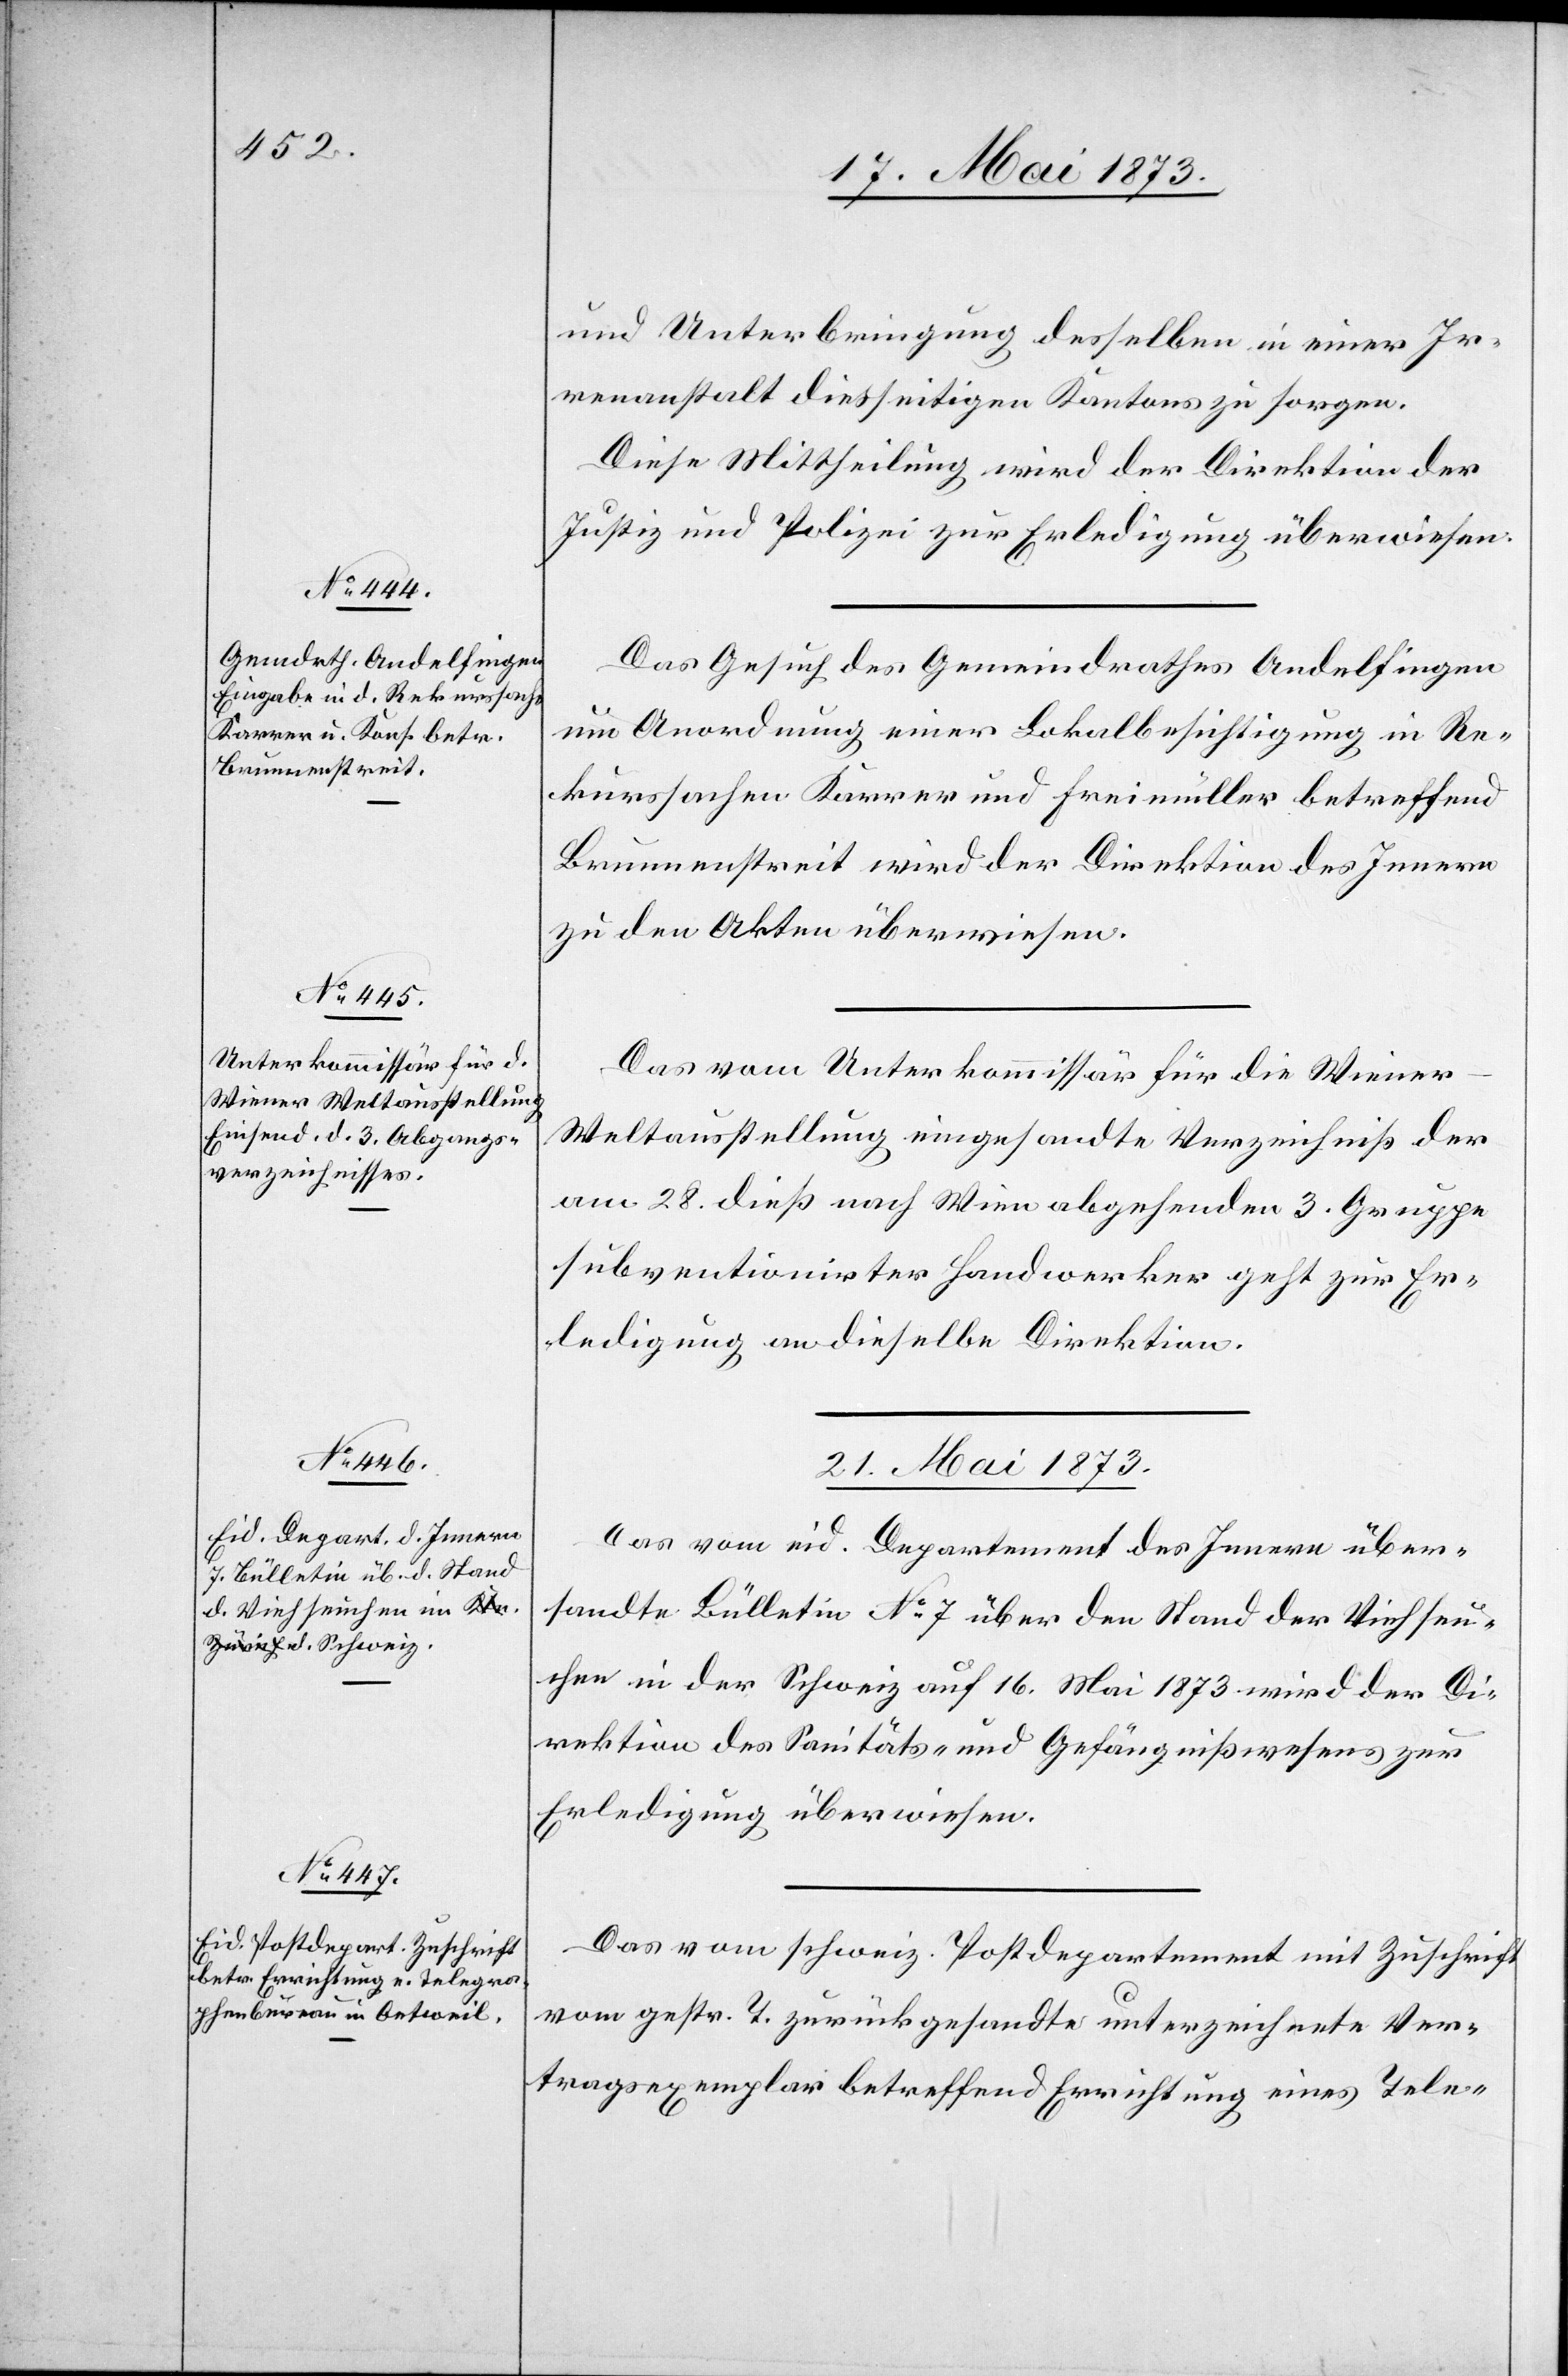
und Unterbringung desselben in einer Ir¬
renanstalt diesseitigen Kantons zu sorgen.
Diese Mittheilung wird der Direktion der
Justiz und Polizei zur Erledigung überwiesen.
Das Gesuch des Gemeindrathes Andelfingen
um Anordnung einer Lokalbesichtigung in Re¬
kurssachen Karrer und Freimüller betreffend
Brunnenstreit wird der Direktion des Innern
zu den Akten überwiesen.
Das vom Unterkommissär für die Wiener-W¬
eltausstellung eingesandte Verzeichniß der
am 28. dieß nach Wien abgehenden 3. Gruppe
subventionirter Handwerker geht zur Er¬
ledigung an dieselbe Direktion.
21. Mai 1873]
Das vom eid. Departement des Innern über¬
sandte Bülletin No 7 über den Stand der Viehseu¬
chen in der Schweiz auf 16. Mai 1873 wird der Di¬
rektion des Sanitäts- und Gefängnißwesens zur
Erledigung überwiesen.
Das vom schweiz. Postdepartement mit Zuschrift
vom gestr. T. zurückgesandte unterzeichnete Ver¬
tragsexemplar betreffend Errichtung eines Tele-